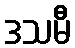
ဒသမီ